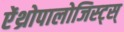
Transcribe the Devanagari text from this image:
ऐंथ्रोपालोजिस्ट्स्